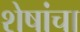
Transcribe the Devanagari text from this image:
शेषांचा